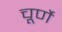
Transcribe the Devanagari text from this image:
चूर्णे